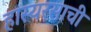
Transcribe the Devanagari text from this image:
हास्यरसाची